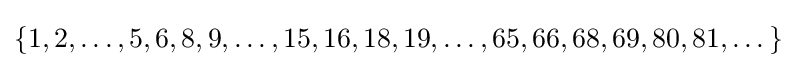
\{1,2,\dots ,5,6,8,9,\dots ,15,16,18,19,\dots ,65,66,68,69,80,81,\dots \}